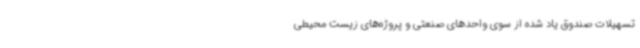
تسهیلات صندوق یاد شده از سوی واحدهای صنعتی و پروژه‌های زیست محیطی